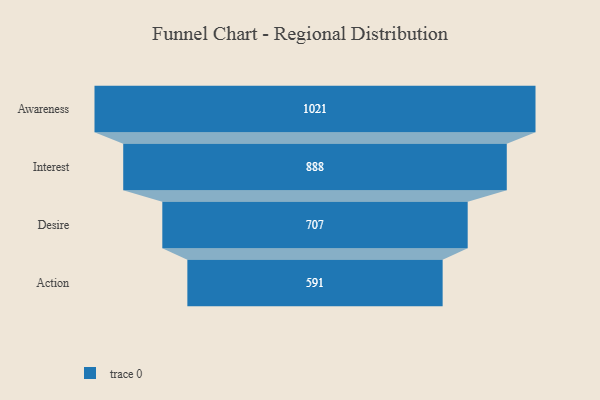
{"axis": {"x": "Stage", "y": "Value"}, "legend": [""], "data": [{"x": "Awareness", "y": 1021.0, "type": ""}, {"x": "Interest", "y": 888.0, "type": ""}, {"x": "Desire", "y": 707.0, "type": ""}, {"x": "Action", "y": 591.0, "type": ""}]}